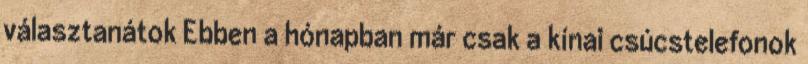
választanátok Ebben a hónapban már csak a kínai csúcstelefonok